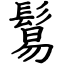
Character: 鬄